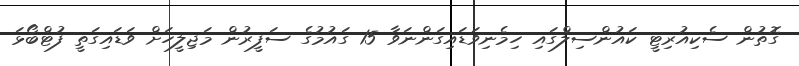
ގޮތުން ސެކިއުރިޓީ ކައުންސިލްގައި ހިމެނިވަޑައިގަންނަވާ 15 ގައުމުގެ ސަފީރުން މަޖިލީހަށް ވަޑައިގަތީ ފުޓްބޯޅަ